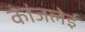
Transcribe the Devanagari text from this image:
कांजलेई